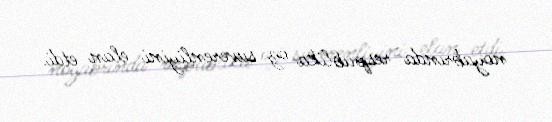
noyabrında respublika öz suverenliyini elan etdi.